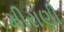
મીરાણી